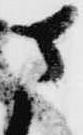
さ